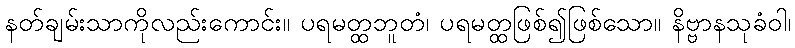
နတ်ချမ်းသာကိုလည်းကောင်း။ ပရမတ္ထဘူတံ၊ ပရမတ္ထဖြစ်၍ဖြစ်သော။ နိဗ္ဗာနသုခံဝါ၊